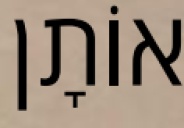
אוֹתָן